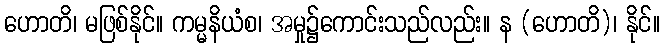
ဟောတိ၊ မဖြစ်နိုင်။ ကမ္မနိယံစ၊ အမှု၌ကောင်းသည်လည်း။ န (ဟောတိ)၊ နိုင်။